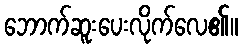
ဘောက်ဆူးပေးလိုက်လေ၏။